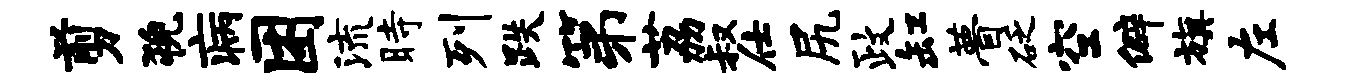
剪猊病困流时列跌第荔叔仕尻政缸瞢砭空僻旗左